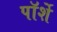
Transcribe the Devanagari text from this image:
पॉर्शे